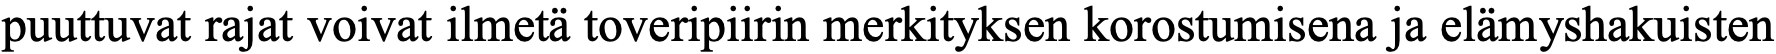
puuttuvat rajat voivat ilmetä toveripiirin merkityksen korostumisena ja elämyshakuisten